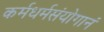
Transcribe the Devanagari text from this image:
कर्मधर्मसंयोगानं